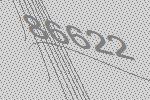
86622